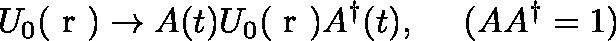
U _ { 0 } ( \mathrm { \boldmath ~ r ~ } ) \rightarrow A ( t ) U _ { 0 } ( \mathrm { \boldmath ~ r ~ } ) A ^ { \dag } ( t ) , ~ ~ ~ ~ ( A A ^ { \dag } = 1 )